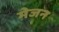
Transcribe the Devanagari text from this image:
मेजन